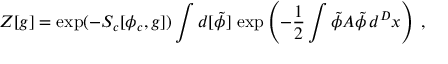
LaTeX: Z [ g ] = \exp ( - S _ { c } [ \phi _ { c } , g ] ) \int d [ \tilde { \phi } ] \, \exp \left( - \frac 1 2 \int \tilde { \phi } A \tilde { \phi } \, d ^ { D } x \right) \: , \nonumber